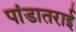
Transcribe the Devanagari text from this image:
पांडातराई